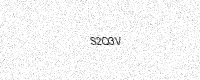
Text: S2Q3V